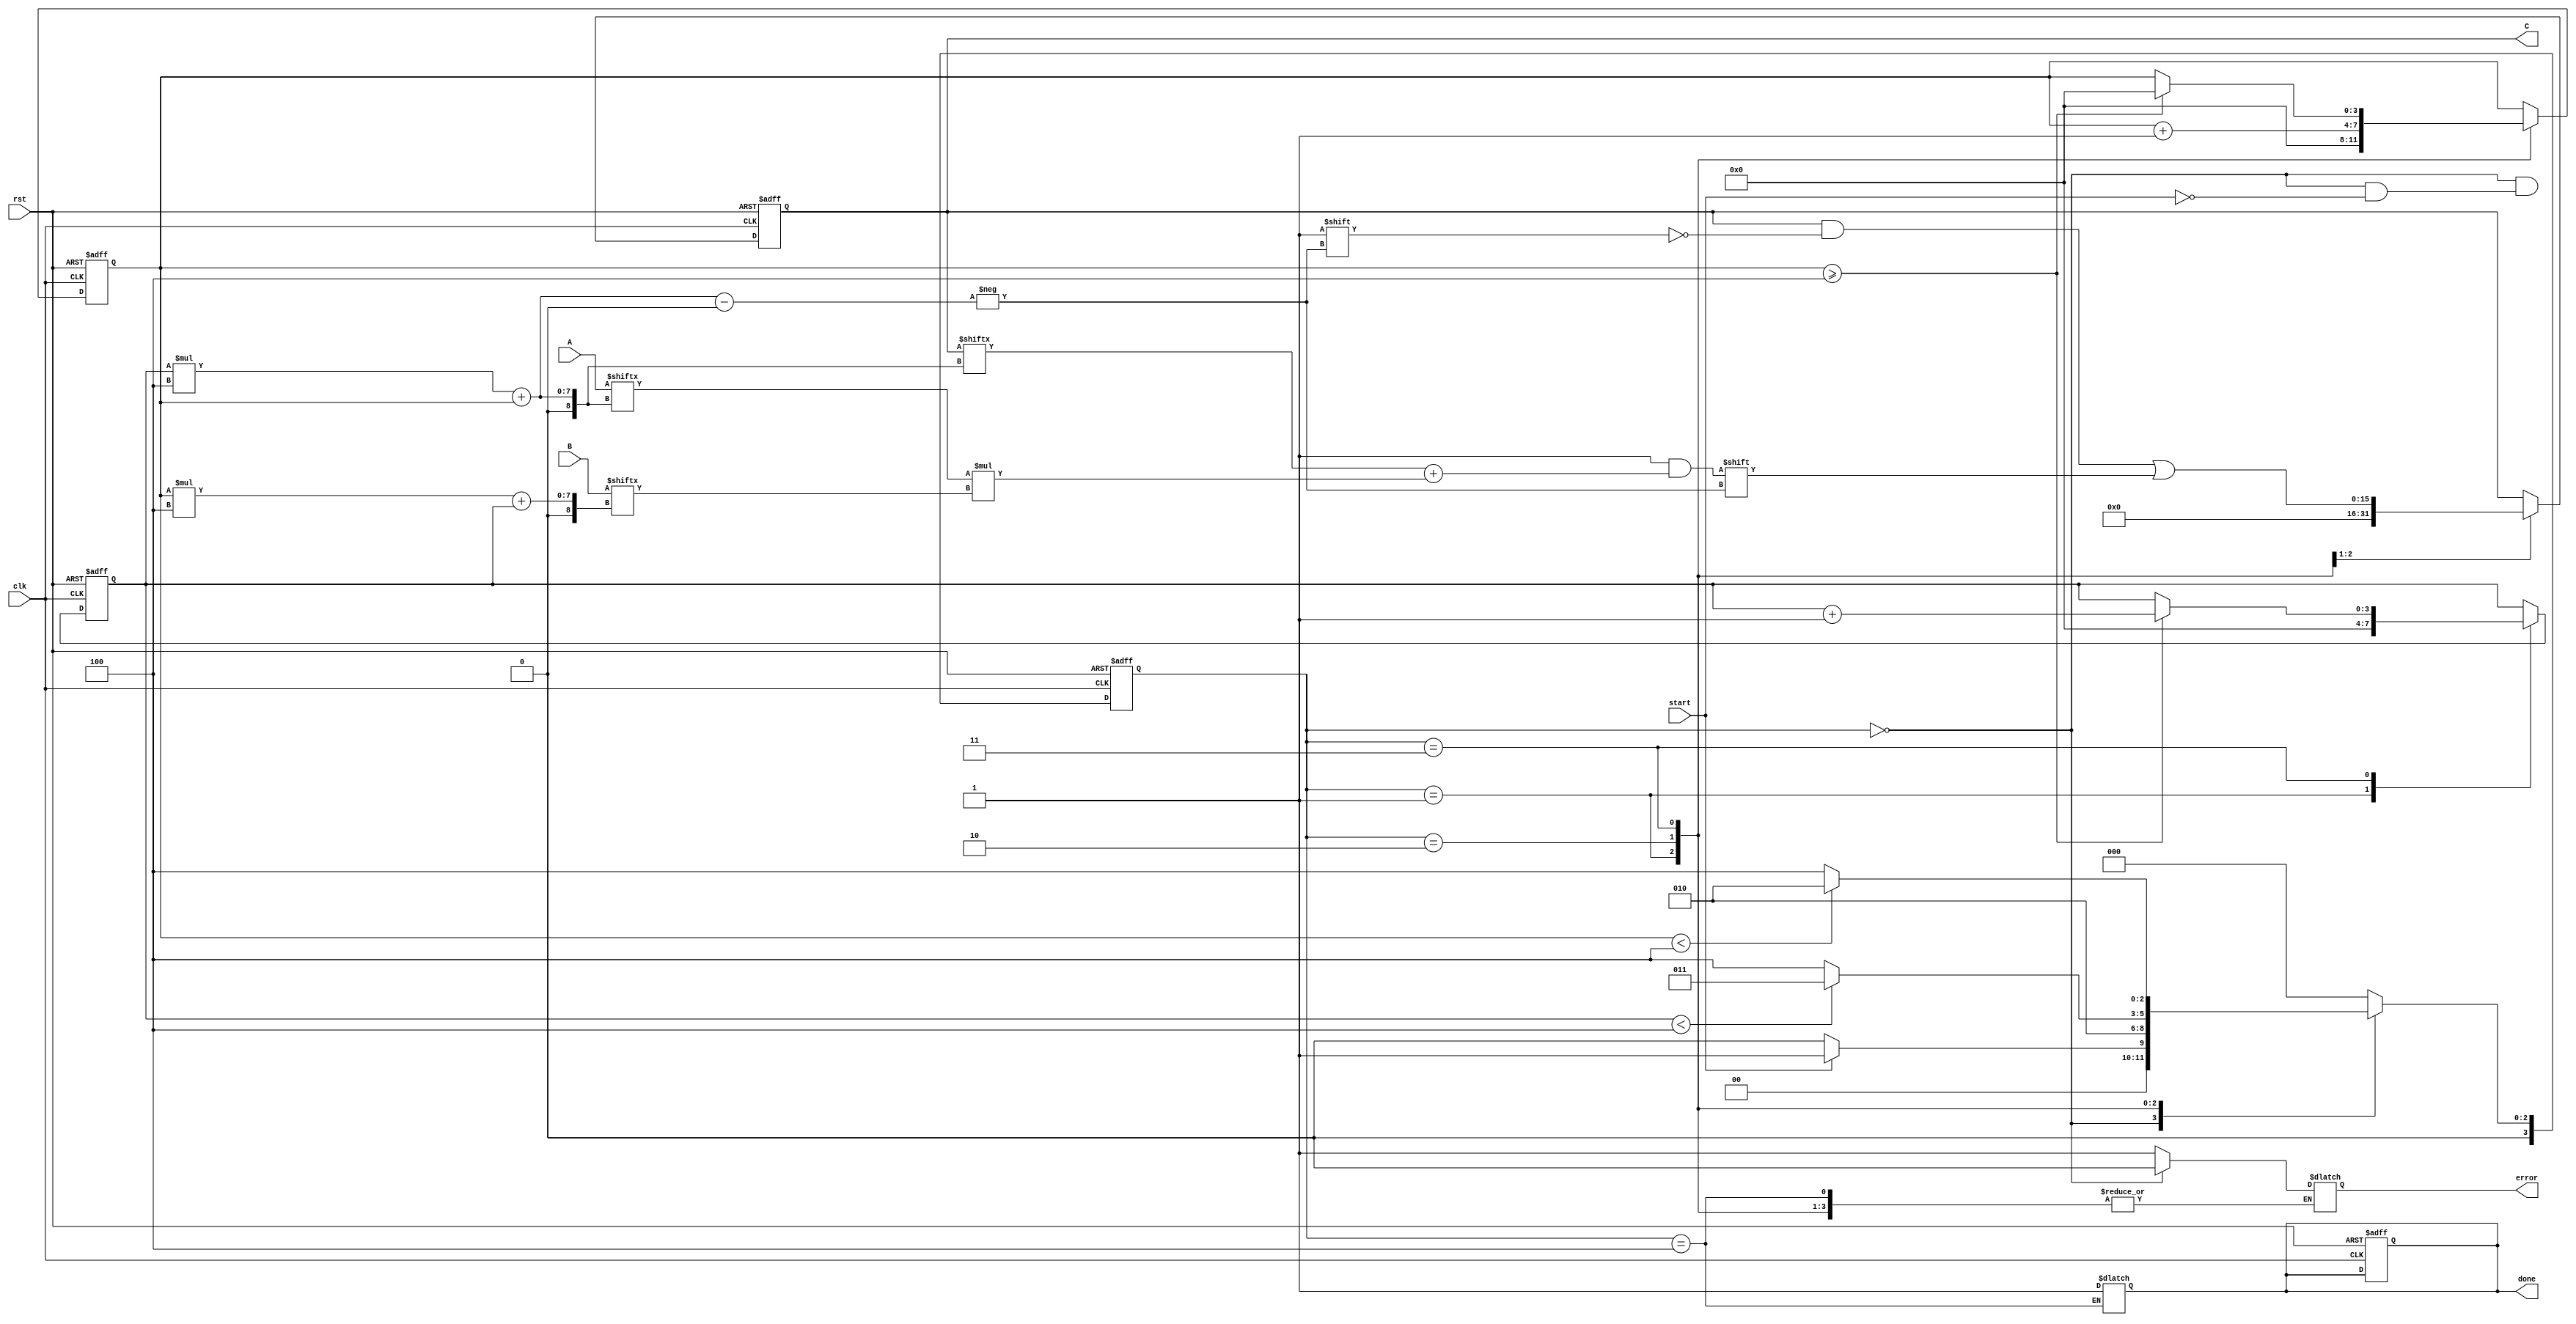
module StencilMultiplier #(
    parameter SIZE = 4 // Define the size of the matrices (SIZE x SIZE)
) (
    input wire clk,
    input wire rst,
    input wire start,
    input wire [SIZE*SIZE-1:0] A, // Input matrix A
    input wire [SIZE*SIZE-1:0] B, // Input matrix B
    output reg [SIZE*SIZE-1:0] C, // Resultant matrix C
    output reg done,
    output reg error
);

    reg [3:0] state, next_state;
    reg [3:0] i, j; // Loop counters for rows and columns
    reg [15:0] product; // Temporary storage for multiplication result

    localparam IDLE = 4'b0000,
               LOAD = 4'b0001,
               MULTIPLY = 4'b0010,
               STORE = 4'b0011,
               DONE = 4'b0100;

    // State transition logic
    always @(posedge clk or posedge rst) begin
        if (rst) begin
            state <= IDLE;
        end else begin
            state <= next_state;
        end
    end

    // Next state logic
    always @(*) begin
        case (state)
            IDLE: begin
                if (start) begin
                    next_state = LOAD;
                    error = 0;
                end else begin
                    next_state = IDLE;
                end
            end
            LOAD: begin
                next_state = MULTIPLY;
            end
            MULTIPLY: begin
                if (i < SIZE) begin
                    next_state = STORE;
                end else begin
                    next_state = DONE;
                end
            end
            STORE: begin
                if (j < SIZE) begin
                    next_state = MULTIPLY;
                end else begin
                    next_state = DONE;
                end
            end
            DONE: begin
                done = 1;
                next_state = IDLE; // Transition back to IDLE
            end
            default: begin
                next_state = IDLE;
                error = 1; // Error state
            end
        endcase
    end

    // Process logic for multiplication and accumulation
    always @(posedge clk or posedge rst) begin
        if (rst) begin
            C <= 0;
            i <= 0;
            j <= 0;
            product <= 0;
            done <= 0;
        end else begin
            case (state)
                LOAD: begin
                    i <= 0;
                    j <= 0;
                    C <= 0;
                end
                MULTIPLY: begin
                    product = A[i*SIZE + j] * B[j*SIZE + i]; // Element-wise multiplication
                    C[i*SIZE + j] <= C[i*SIZE + j] + product; // Accumulate the result
                    j <= j + 1;
                end
                STORE: begin
                    if (j >= SIZE) begin
                        j <= 0;
                        i <= i + 1;
                    end
                end
                DONE: begin
                    // Do nothing; wait for the next start signal
                end
            endcase
        end
    end
endmodule